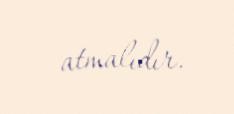
atmalıdır.